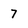
Character: 7